Mental hospitals Bombay report 1921-28 - 1921-1928
Year: 1921
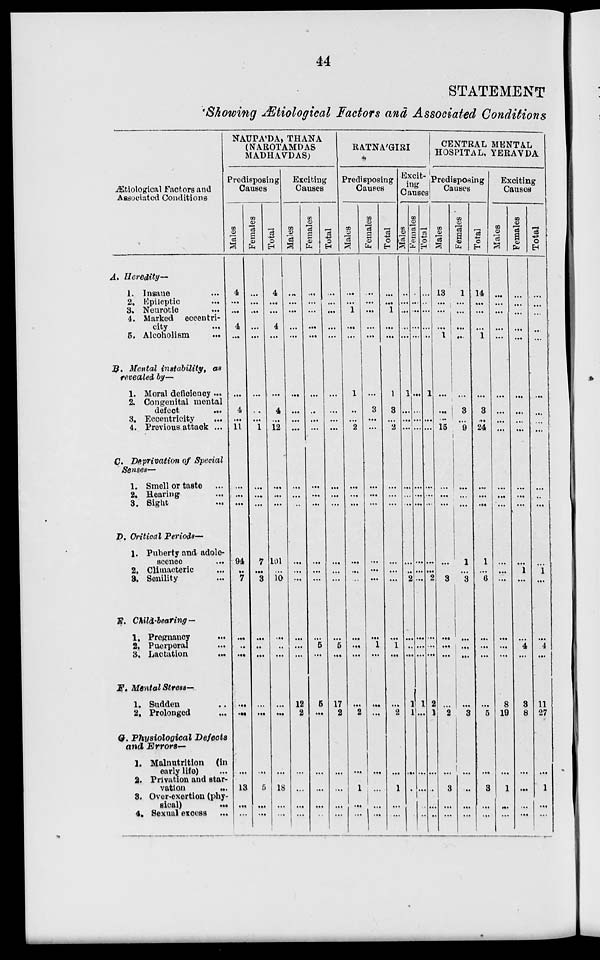
44
STATEMENT
Showing Ætiological Factors and Associated Conditions
Ætiological Factors and
Associated Conditions
A. Heredity—
1. Insane ...
2. Epileptic ...
3. Neurotic ...
4. Marked eccentri-
city ...
6. Alcoholism ...
B. Mental instability, as
revealed by—
1. Moral deficiency ...
2. Congenital mental
defect
...
3. Eccentricity ...
4. Previous attack ...
C. Deprivation of Special
Senses—
1. Smell or taste ...
2. Hearing ...
3. Sight ...
D. Critical Periods—
1. Puberty and adole-
scence ...
2. Climacteric ...
3. Senility ...
E. Child-bearing—
1. Pregnancy ...
2. Puerperal ...
3. Lactation ...
F. Mental Stress—
1. Sudden ...
2. Prolonged ...
G. Physiological
Defects
and Errors—
1. Malnutrition (in
early life) ...
2. Privation and star-
vation
...
3. Over-exertion (phy-
sical) ...
4. Sexual excess ...
NAUPA'DA, THANA
(NAROTAMDAS
MADHAVDAS)
Predisposing
Causes
Males
4
...
...
4
...
...
4
...
11
...
...
...
94
...
7
...
...
...
...
...
...
13
...
...
Females
...
...
...
...
...
...
...
...
1
...
...
...
7
...
3
...
...
...
...
...
...
5
...
...
Total
4
...
...
4
...
...
4
...
12
...
...
...
101
...
10
...
...
...
...
...
...
18
...
...
Exciting
Causes
Males
...
...
...
...
...
...
...
...
...
...
...
...
...
...
...
...
...
...
12
2
...
...
...
...
Females
...
...
...
...
...
...
...
...
...
...
...
...
...
...
...
...
5
...
5
...
...
...
...
...
Total
...
...
...
...
...
...
...
...
...
...
...
...
...
...
...
...
5
...
17
2
...
...
...
...
RATNA'GIRI
Predisposing
Causes
Males
...
...
1
...
...
1
...
...
2
...
...
...
...
...
...
...
...
...
...
2
...
1
...
...
Females
...
...
...
...
...
...
3
...
...
...
...
...
...
...
...
...
1
...
...
...
...
...
...
...
Total
...
...
1
...
...
1
3
...
2
...
...
...
...
...
...
...
1
...
...
2
...
1
...
...
Excit-
ing
Causes
Males
...
...
...
...
...
1
...
...
...
...
...
...
...
2
...
...
...
1
1
...
...
...
...
Females
...
...
...
...
...
...
...
...
...
...
...
...
...
...
...
...
...
1
...
...
...
...
...
Total
...
..
...
...
...
1
...
...
...
...
...
...
...
2
...
...
...
2
1
...
...
...
...
CENTRAL MENTAL
HOSPITAL. YERAVDA
Predisposing
Causes
Males
13
...
...
1
...
...
...
15
...
...
...
...
...
3
...
...
...
...
2
...
3
...
...
Females
1
...
...
...
...
3
...
9
...
...
...
1
...
3
...
...
...
...
3
...
...
...
...
Total
14
...
...
1
...
3
...
24
...
...
...
1
...
6
...
...
...
...
5
...
3
...
...
Exciting
Causes
Males
...
...
...
...
...
...
...
...
...
...
...
...
...
...
...
...
...
8
19
...
1
...
...
Females
...
...
...
...
...
...
...
...
...
...
...
...
1 ...
...
4
...
3
8
...
...
...
...
Total
...
...
...
...
...
...
...
...
...
...
...
...
1
...
...
4
...
11
27
...
1
...
...